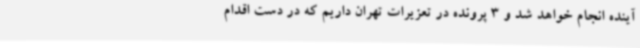
آینده انجام خواهد شد و 3 پرونده در تعزیرات تهران داریم که در دست اقدام